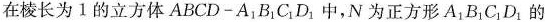
在棱长为1的立方体ABCD-A_{1}B_{1}C_{1}D_{1}中，N为正方形A_{1}B_{1}C_{1}D_{1}的